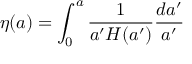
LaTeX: \eta ( a ) = \int _ { 0 } ^ { a } { \frac { 1 } { a ^ { \prime } H ( a ^ { \prime } ) } } { \frac { d a ^ { \prime } } { a ^ { \prime } } }